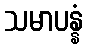
သမာပန္နံ